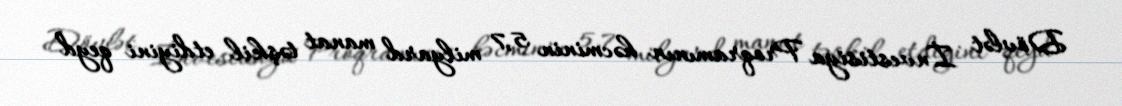
Dövlət İnvestisiya Proqramının həcminin 5,7 milyard manat təşkil etdiyini qeyd